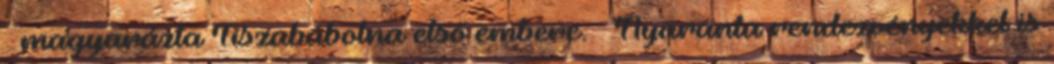
– magyarázta Tiszabábolna első embere. – Nyaranta rendezvényekkel is